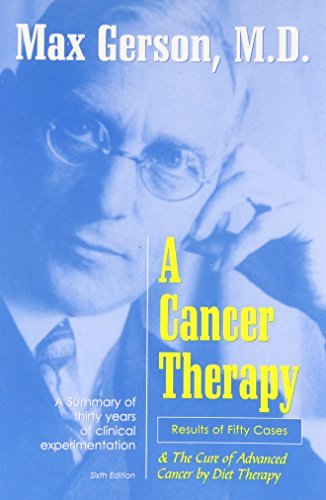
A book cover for A Cancer Therapy: Results of Fifty Cases and the Cure of Advanced Cancer by Diet Therapy; Max Gerson; Medical Books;